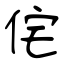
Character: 侘